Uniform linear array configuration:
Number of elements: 4
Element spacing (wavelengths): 0.75
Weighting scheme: hamming
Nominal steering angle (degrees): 45
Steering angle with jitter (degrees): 46.261
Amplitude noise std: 0.05
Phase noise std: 0.05

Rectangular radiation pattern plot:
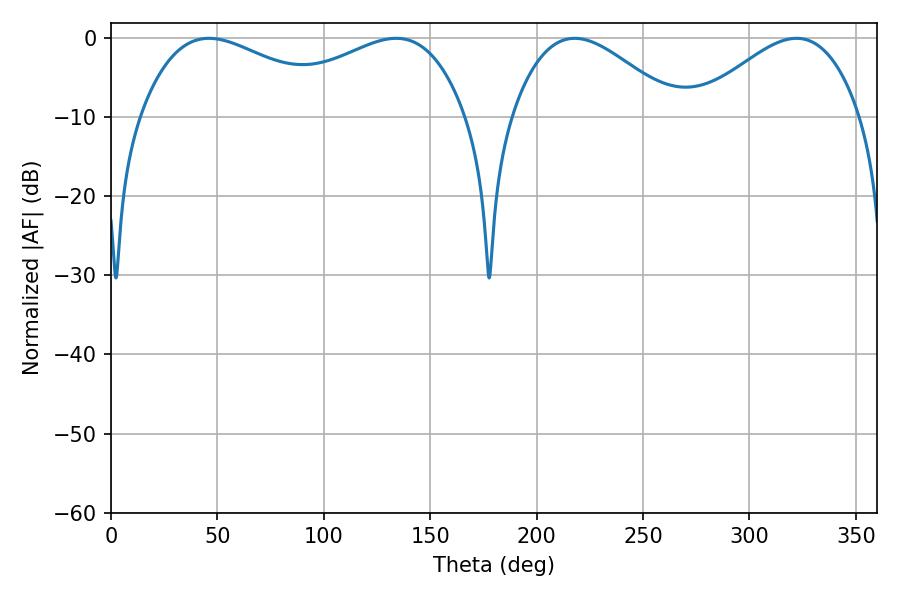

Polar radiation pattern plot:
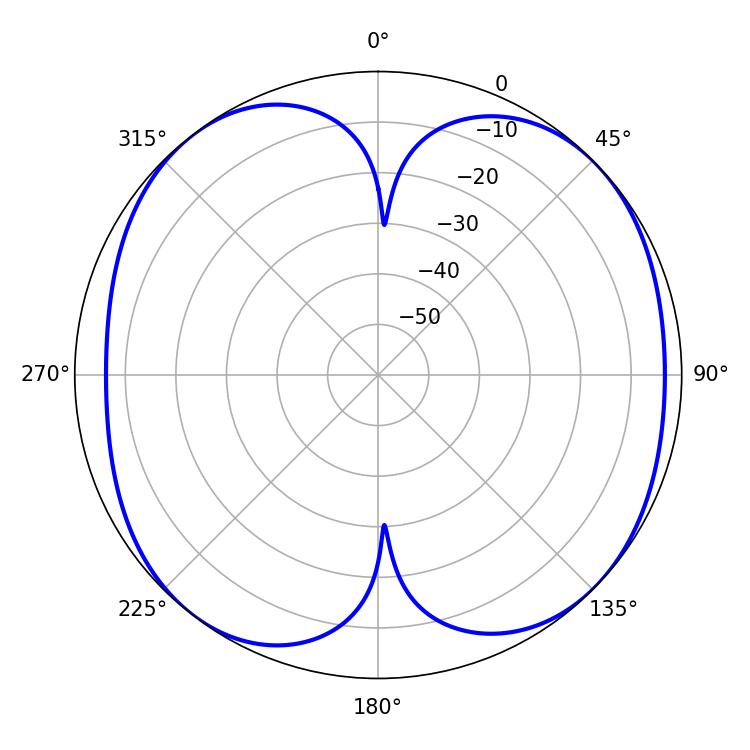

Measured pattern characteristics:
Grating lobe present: TRUE
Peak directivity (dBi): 9.11
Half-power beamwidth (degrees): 54
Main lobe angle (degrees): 46.08